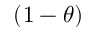
( 1 - \theta )